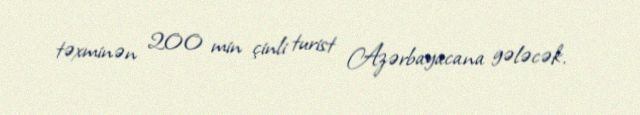
təxminən 200 min çinli turist Azərbayacana gələcək.